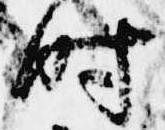
時